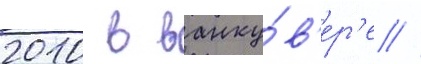
2010 в ванку́в'ер'е //